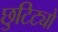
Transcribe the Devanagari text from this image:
छुटिट्यो